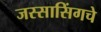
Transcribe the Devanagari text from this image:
जस्सासिंगचे